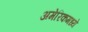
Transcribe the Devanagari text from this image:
अमेरिकमध्ये